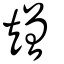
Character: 矰